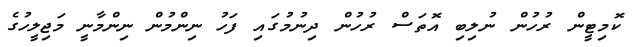
ކޮމިޓީން ރުހުން ނުލިބި އޮތަސް ރުހުން ދިނުމުގައި ފަހު ނިންމުން ނިންމާނީ މަޖިލީހުގެ